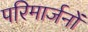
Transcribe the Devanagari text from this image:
परिमार्जनों